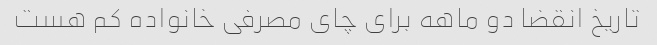
تاریخ انقضا دو ماهه برای چای مصرفی خانواده کم هست